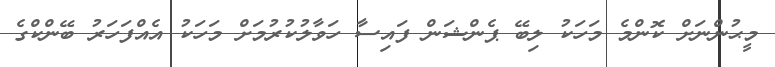
މީޙުންނަށް ކޮންމެ މަހަކު ލިބޭ ޕެންޝަން ފައިސާ ހަވާލުކުރުމަށް މަހަކު އެއްފަހަރު ބޭންކްގެ